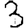
Digit: 3